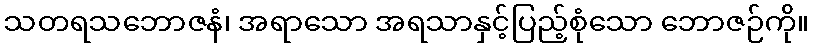
သတရသဘောဇနံ၊ အရာသော အရသာနှင့်ပြည့်စုံသော ဘောဇဉ်ကို။